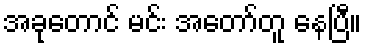
အခုတောင် မင်း အတော်တူ နေပြီ။